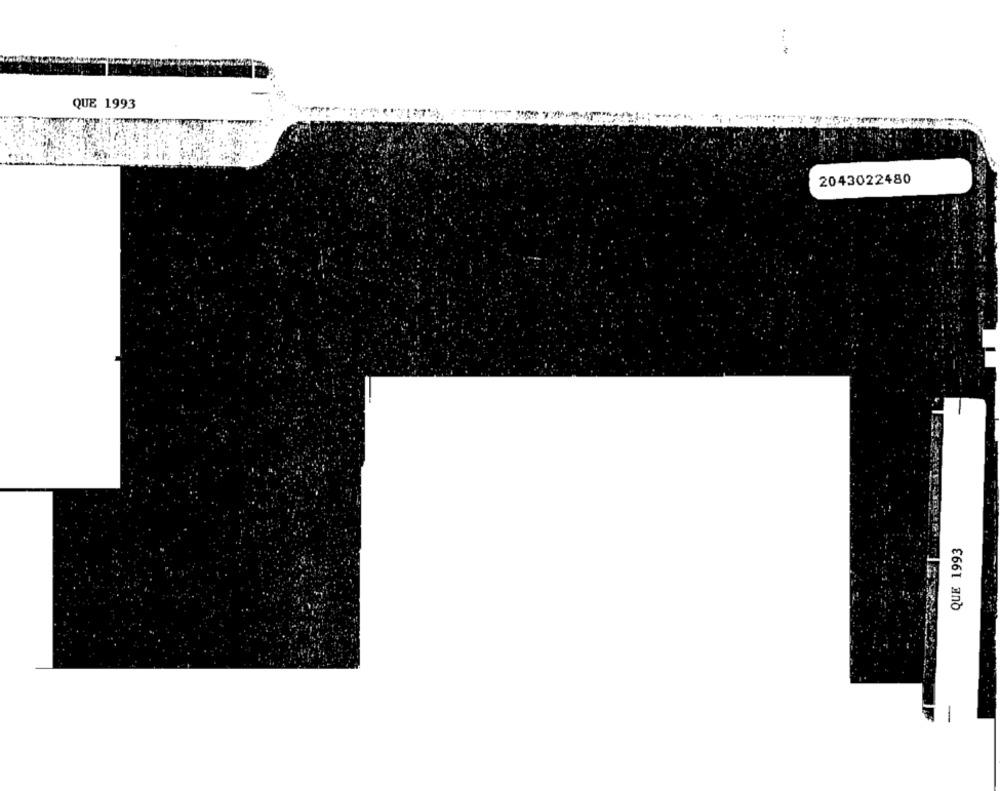
QUE 1993
2043022480
QUE 1993